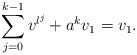
LaTeX: \begin{align*} \sum\limits_{j=0}^{k-1} v^{l^j} + a^k v_1 = v_1.\end{align*}